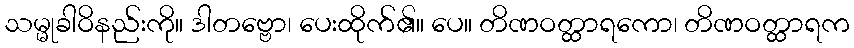
သမ္မုခါဝိနည်းကို။ ဒါတဗ္ဗော၊ ပေးထိုက်၏။ ပေ။ တိဏဝတ္ထာရကော၊ တိဏဝတ္ထာရက